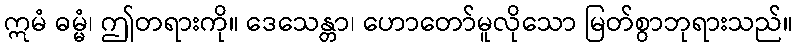
ဣမံ ဓမ္မံ၊ ဤတရားကို။ ဒေသေန္တာ၊ ဟောတော်မူလိုသော မြတ်စွာဘုရားသည်။